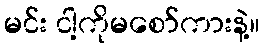
မင်း ငါ့ကိုမစော်ကားနဲ့။